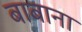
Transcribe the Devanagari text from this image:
बाबाना